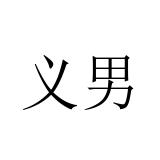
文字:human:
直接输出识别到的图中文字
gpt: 义男